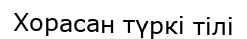
Хорасан түркі тілі